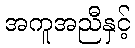
အကူအညီနှင့်